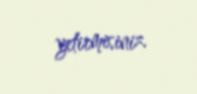
yetirmisiniz.